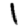
Digit: 1